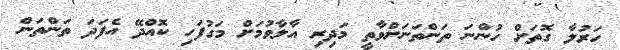
ހަރުލާ ގޮތަށް ހުންނަ ތަންތަނަށްވާތީ މަދިރި އާލާވުމަށް މަގުފަހި ކޮއްދޭ އެފަދަ ތަންތަން